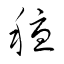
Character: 穩